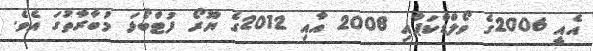
އެއީ 2006ގެ ވޯލްޑްކަޕާއި 2008 އާއި 2012ގެ ޔޫރޯ ފުޓްބޯޅަ މުބާރާތުގަ އެވެ.